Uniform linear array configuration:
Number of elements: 32
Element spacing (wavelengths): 0.75
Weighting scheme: exponential
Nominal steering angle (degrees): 45
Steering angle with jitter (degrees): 45.294
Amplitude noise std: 0.05
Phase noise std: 0.05

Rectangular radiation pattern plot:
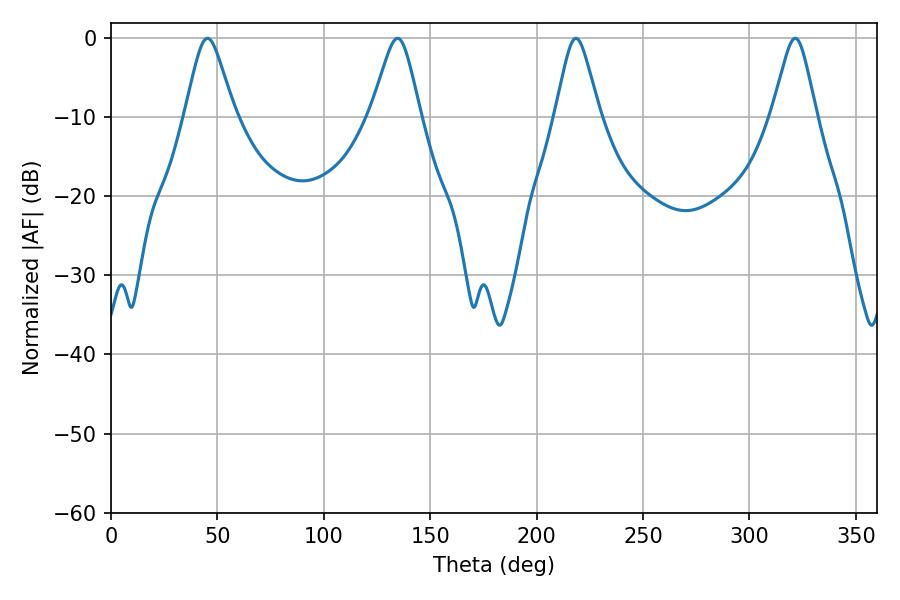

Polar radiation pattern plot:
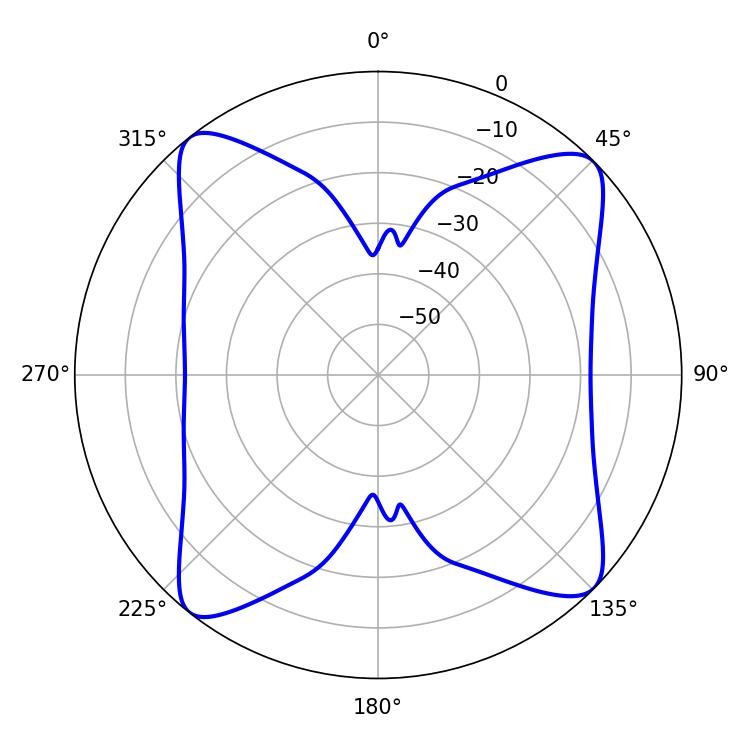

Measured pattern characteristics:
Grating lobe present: TRUE
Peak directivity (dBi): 13.942
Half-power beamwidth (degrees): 10.98
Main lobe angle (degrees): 45.36